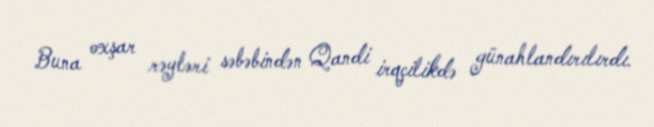
Buna oxşar rəyləri səbəbindən Qandi irqçilikdə günahlandırılırdı.